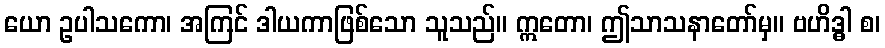
ယော ဥပါသကော၊ အကြင် ဒါယကာဖြစ်သော သူသည်။ ဣတော၊ ဤသာသနာတော်မှ။ ဗဟိဒ္ဓါ စ၊